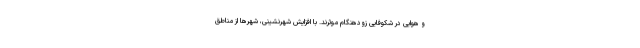
و هوایی در شکوفایی زودهنگام موثرند. با افزایش شهرنشینی، شهرها از مناطق